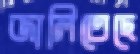
জালিতেছে